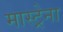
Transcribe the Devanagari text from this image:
मास्ट्रेना